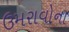
ઉમરાવોના